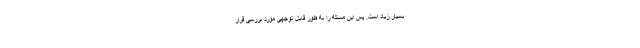
بسیار زیاد است. پس این مسئله را به طور قابل توجهی مورد بررسی قرار